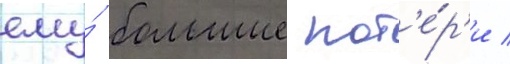
ему́ большие пот'е́р'и /